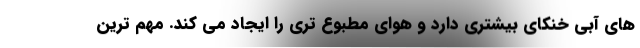
های آبی خنکای بیشتری دارد و هوای مطبوع تری را ایجاد می کند. مهم ترین